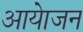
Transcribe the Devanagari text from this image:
आयेाजन